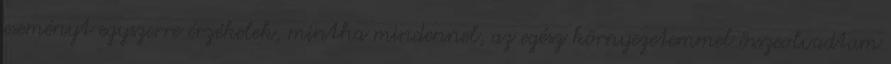
eseményt egyszerre érzékelek, mintha mindennel, az egész környezetemmel összeolvadtam